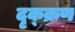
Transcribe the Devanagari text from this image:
दृक्क्रण